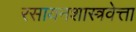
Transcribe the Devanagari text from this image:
रसायनशास्त्रवेत्ता